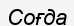
Соғда